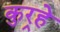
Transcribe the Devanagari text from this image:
कुर्‍हे